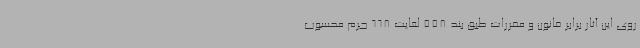
روی این آثار برابر قانون و مقررات طبق بند 558 لغایت 668 جرم محسوب